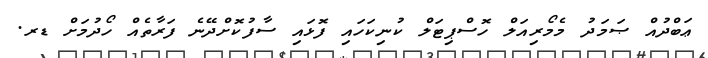
ޢަބްދުއް ޞަމަދު މެމޯރިއަލް ހޮސްޕިޓަލް ކުނިކަހައި ފޮޅައި ސާފުކޮށްދޭނެ ފަރާތެއް ހޯދުމަށް ޑރ.